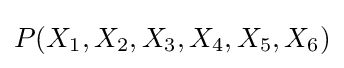
P(X_{1},X_{2},X_{3},X_{4},X_{5},X_{6})